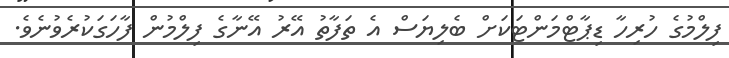
ފިލްމުގެ ހުރިހާ ޑިޕާޓްމަންޓަކަށް ބެލިޔަސް އެ ތަފާތު އޭރު އޭނާގެ ފިލްމުން ފާހަގަކުރެވުނެވެ.